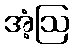
အံ့ဩ